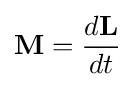
\mathbf {M} ={d\mathbf {L}  \over dt}